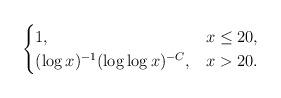
LaTeX: \begin{align*}\begin{cases}1, & x \le 20,\\(\log x)^{-1} (\log \log x)^{-C}, & x > 20.\end{cases}\end{align*}